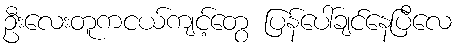
ဦးလေးတူကငယ်ကျင့်တွေ ပြန်ပေါ်ချင်နေပြီလေ